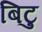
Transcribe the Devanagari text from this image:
बिटु